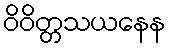
ဝိဝိတ္တသယနေန